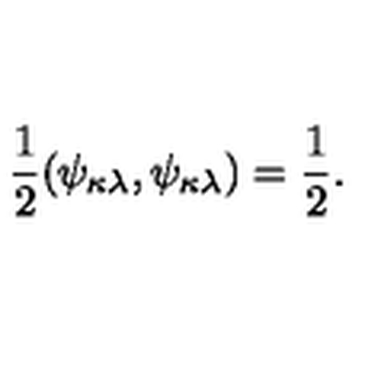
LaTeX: \frac { 1 } { 2 } ( \psi _ { \kappa \lambda } , \psi _ { \kappa \lambda } ) = \frac { 1 } { 2 } .